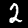
Digit: 2